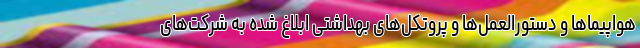
هواپیماها و دستورالعمل‌ها و پروتکل‌های بهداشتی ابلاغ شده به شرکت‌های